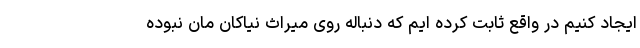
ایجاد کنیم در واقع ثابت کرده ایم که دنباله روی میراث نیاکان مان نبوده